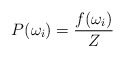
\begin{align*}P(\omega_{i})=\frac{f(\omega_{i})}{Z} \end{align*}